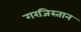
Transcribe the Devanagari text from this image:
गरजिस्तान